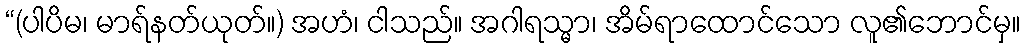
“(ပါပိမ၊ မာရ်နတ်ယုတ်။) အဟံ၊ ငါသည်။ အဂါရသ္မာ၊ အိမ်ရာထောင်သော လူ၏ဘောင်မှ။